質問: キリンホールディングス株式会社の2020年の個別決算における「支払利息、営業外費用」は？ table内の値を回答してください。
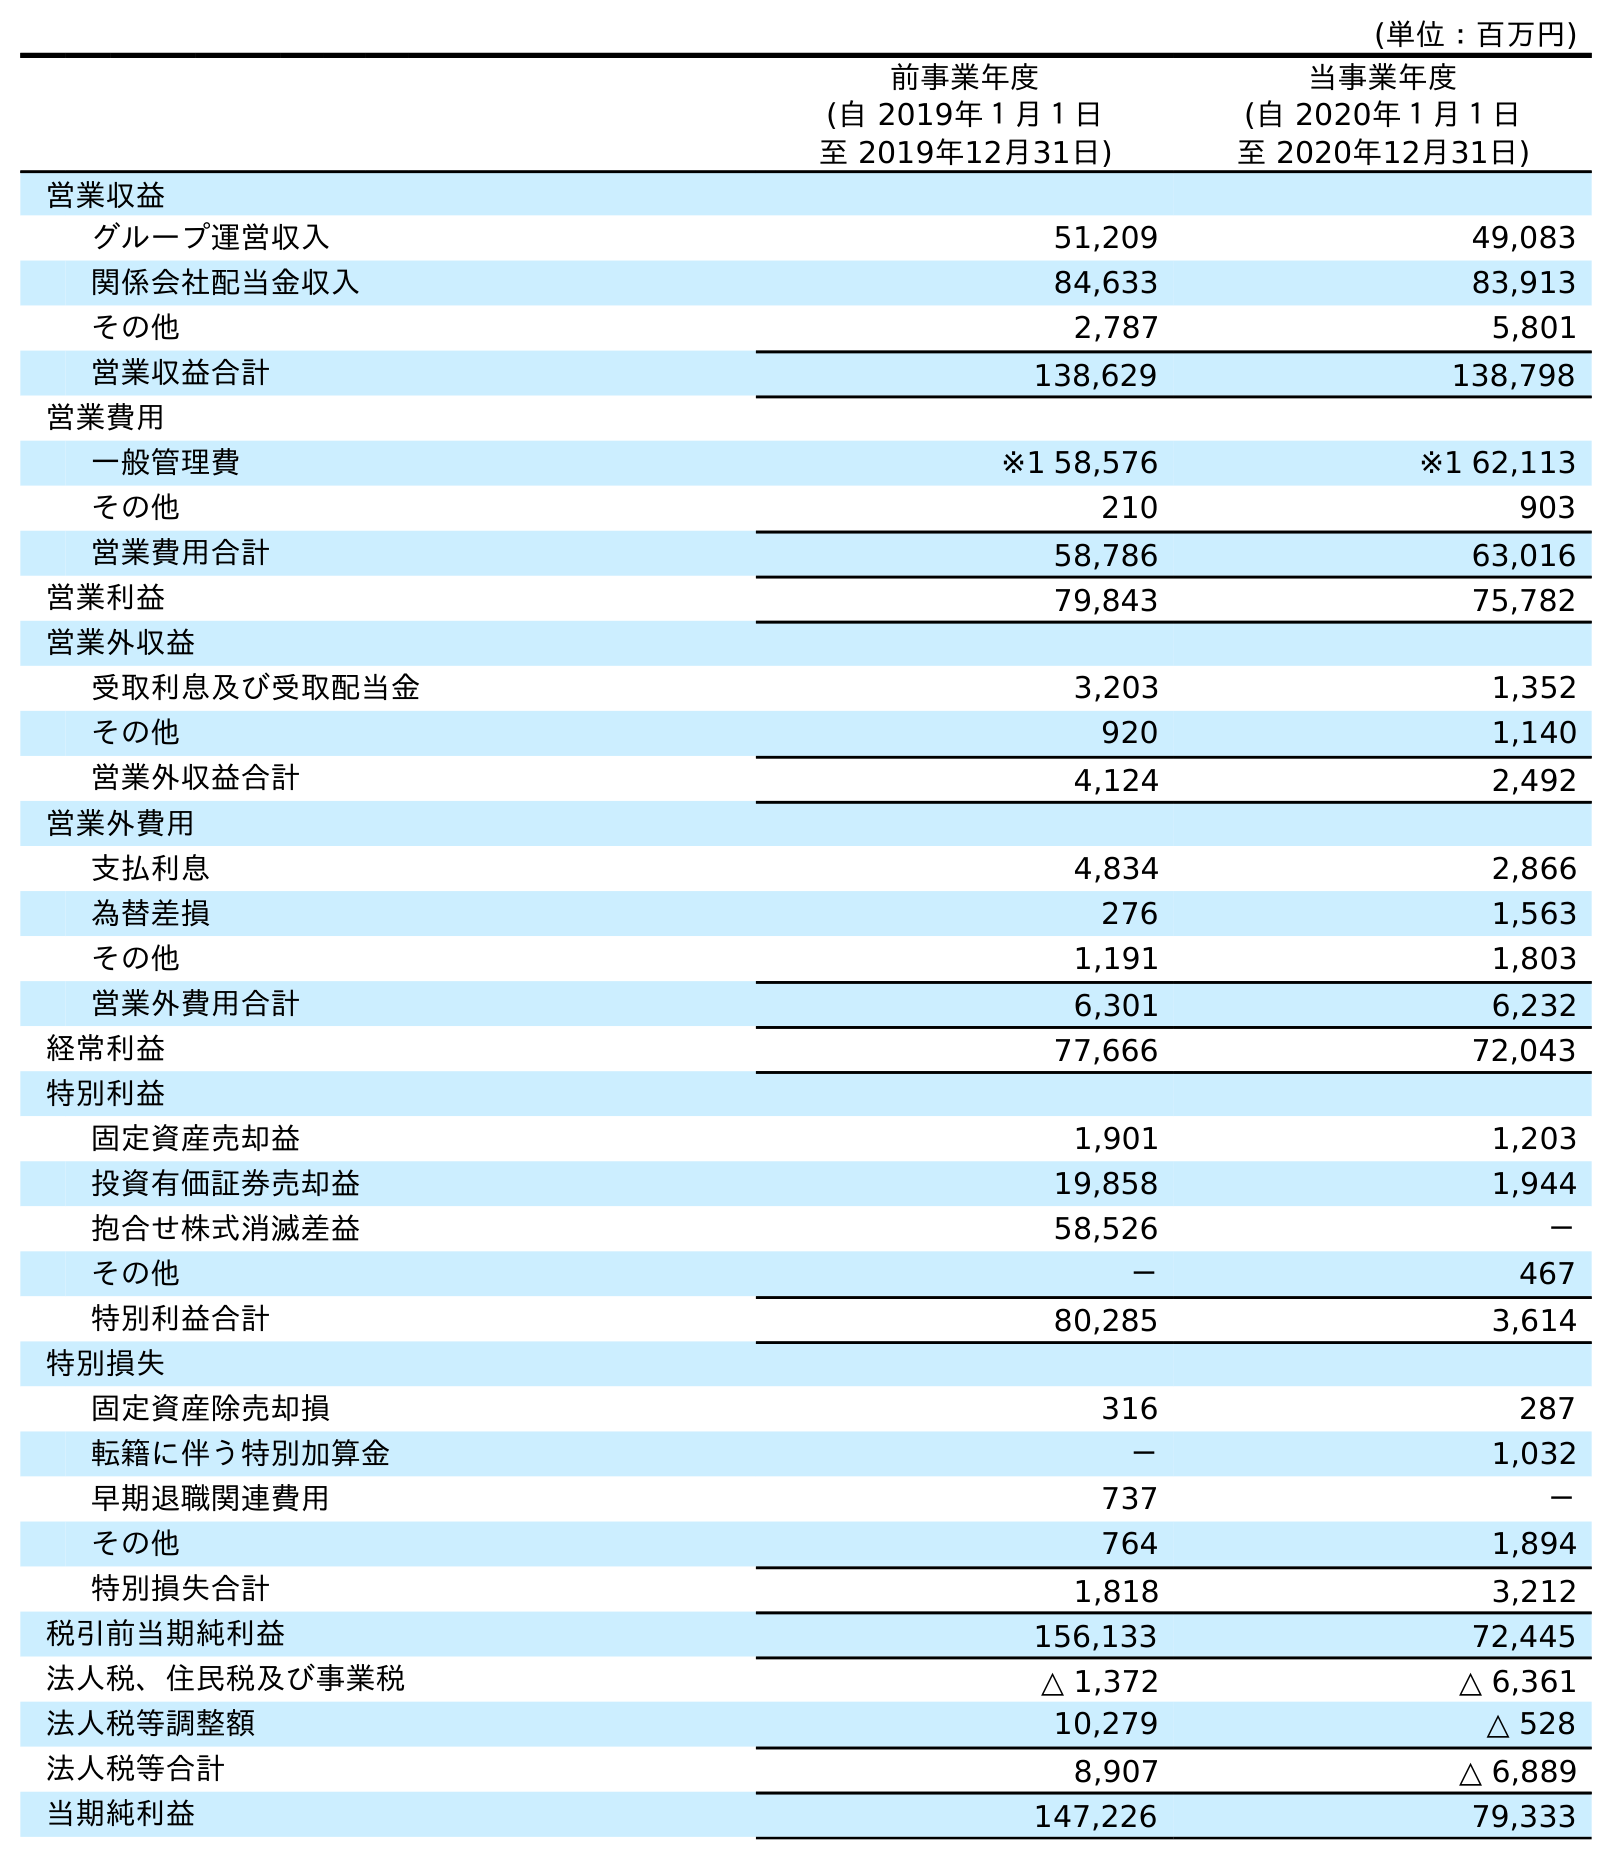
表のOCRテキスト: (単位：百万円) 前事業年度 (自 2019年１月１日 至 2019年12月31日) 当事業年度 (自 2020年１月１日 至 2020年12月31日) 営業収益 グループ運営収入 51,209 49,083 関係会社配当金収入 84,633 83,913 その他 2,787 5,801 営業収益合計 138,629 138,798 営業費用 一般管理費 ※1 58,576 ※1 62,113 その他 210 903 営業費用合計 58,786 63,016 営業利益 79,843 75,782 営業外収益 受取利息及び受取配当金 3,203 1,352 その他 920 1,140 営業外収益合計 4,124 2,492 営業外費用 支払利息 4,834 2,866 為替差損 276 1,563 その他 1,191 1,803 営業外費用合計 6,301 6,232 経常利益 77,666 72,043 特別利益 固定資産売却益 1,901 1,203 投資有価証券売却益 19,858 1,944 抱合せ株式消滅差益 58,526 － その他 － 467 特別利益合計 80,285 3,614 特別損失 固定資産除売却損 316 287 転籍に伴う特別加算金 － 1,032 早期退職関連費用 737 － その他 764 1,894 特別損失合計 1,818 3,212 税引前当期純利益 156,133 72,445 法人税、住民税及び事業税 △ 1,372 △ 6,361 法人税等調整額 10,279 △ 528 法人税等合計 8,907 △ 6,889 当期純利益 147,226 79,333
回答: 2,866